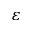
\varepsilon